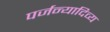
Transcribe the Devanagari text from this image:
पर्जन्यादिव्य